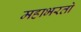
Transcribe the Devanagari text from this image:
महाभरतो